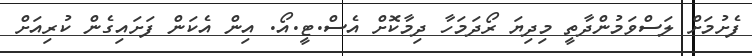
ފެށުމަށް ލަސްވަމުންދާތީ މިދިޔަ ރޯދަމަހާ ދިމާކޮށް އެސް.ޓީ.އޯ. އިން އެކަން ފަށައިގެން ކުރިއަށް